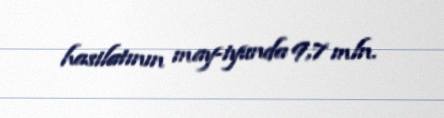
hasilatının may-iyunda 9,7 mln.